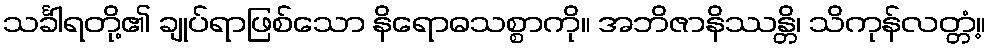
သင်္ခါရတို့၏ ချုပ်ရာဖြစ်သော နိရောဓသစ္စာကို။ အဘိဇာနိဿန္တိ၊ သိကုန်လတ္တံ့။